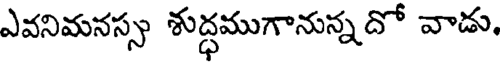
ఎవనిమనస్స శుద్ధముగానున్నదో వాడు.